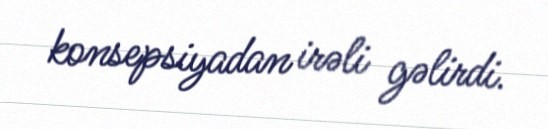
konsepsiyadan irəli gəlirdi.